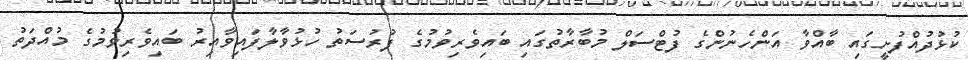
ކުޅުދުއްފުށީގައި ބާއްވާ އަންހެނުންގެ ފުޓްސަލް މުބާރާތުގައި ބައިވެރިވުމުގެ ފުރުސަތު ހުޅުވާލާފައިވާއިރު ބައިވެރިވުމުގެ މުއްދަތު